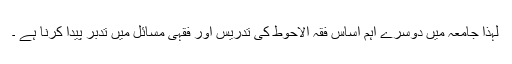
لٰہذا جامعہ میں دوسرے اہم اساس فقہ الاحوط کی تدریس اور فقہی مسائل میں تدبر پیدا کرنا ہے ۔